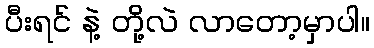
ပီးရင် နဲ့ တို့လဲ လာတော့မှာပါ။